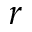
r